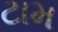
ટામ